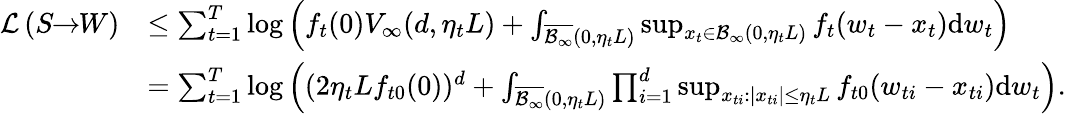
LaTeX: \begin{array}{rl}{\mathcal{L}\left(S\! \! \to\! \! W\right)}&{\leq\sum_{t=1}^{T}\log\left(f_{t}(0)V_{\infty}(d,\eta_{t}L)+\int_{\overline{{\mathcal{B}_{\infty}}}(0,\eta_{t}L)}\operatorname*{sup}_{x_{t}\in\mathcal{B}_{\infty}(0,\eta_{t}L)}f_{t}(w_{t}-x_{t})\mathrm{d}w_{t}\right)}\\ &{=\sum_{t=1}^{T}\log\left((2\eta_{t}Lf_{t0}(0))^{d}+\int_{\overline{{\mathcal{B}_{\infty}}}(0,\eta_{t}L)}\prod_{i=1}^{d}\operatorname*{sup}_{x_{ti}:|x_{ti}|\leq\eta_{t}L}f_{t0}(w_{ti}-x_{ti})\mathrm{d}w_{t}\right).}\end{array}